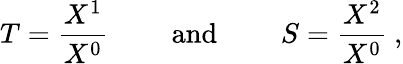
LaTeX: T=\frac{X^{1}}{X^{0}}\qquad\mathrm{~and~}\qquad S=\frac{X^{2}}{X^{0}}\ ,